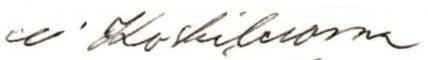
u. Koskiluoma